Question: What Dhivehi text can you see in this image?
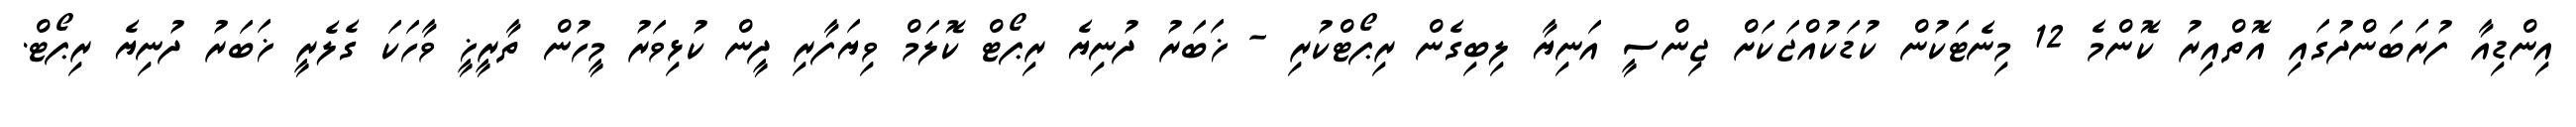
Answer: އިންޑިއާ ފުރަބަންދުގައި އޮތްއިރު ކޮންމެ 12 މިނެޓަކުން ކުޑަކުއްޖަކަށް ޖިންސީ އަނިޔާ ލިބިގެން ރިޕޯޓްކުރި - ޚަބަރު ދުނިޔެ ރިޕޯޓް ކޮލަމް ވިޔަފާރި ދީން ކުޅިވަރު މީހުން ތާރީޚީ ވާހަކަ ގެލެރީ ޚަބަރު ދުނިޔެ ރިޕޯޓް.